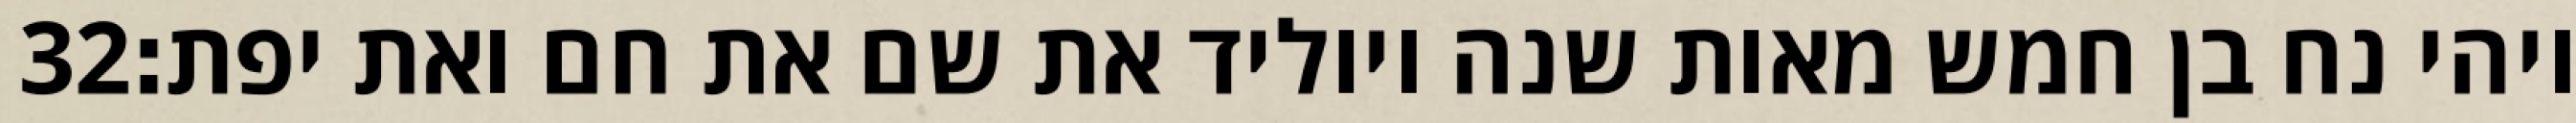
‎32‏ ויהי נח בן חמש מאות שנה ויוליד את שם את חם ואת יפת׃